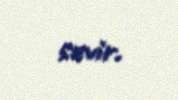
sevir.